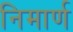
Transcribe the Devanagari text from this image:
निमार्ण